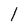
Character: 1